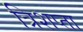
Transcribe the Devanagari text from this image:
त्रिशप्ता